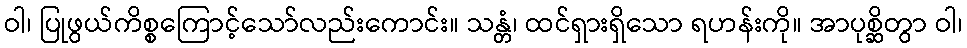
ဝါ၊ ပြုဖွယ်ကိစ္စကြောင့်သော်လည်းကောင်း။ သန္တံ၊ ထင်ရှားရှိသော ရဟန်းကို။ အာပုစ္ဆိတွာ ဝါ၊